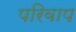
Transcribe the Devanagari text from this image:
परिवाप